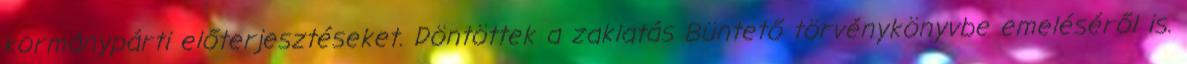
kormánypárti előterjesztéseket. Döntöttek a zaklatás Büntető törvénykönyvbe emeléséről is.